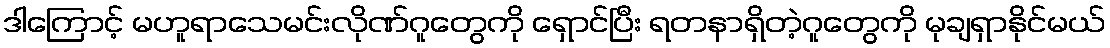
ဒါကြောင့် မဟူရာသေမင်းလိုဏ်ဂူတွေကို ရှောင်ပြီး ရတနာရှိတဲ့ဂူတွေကို မုချရှာနိုင်မယ်